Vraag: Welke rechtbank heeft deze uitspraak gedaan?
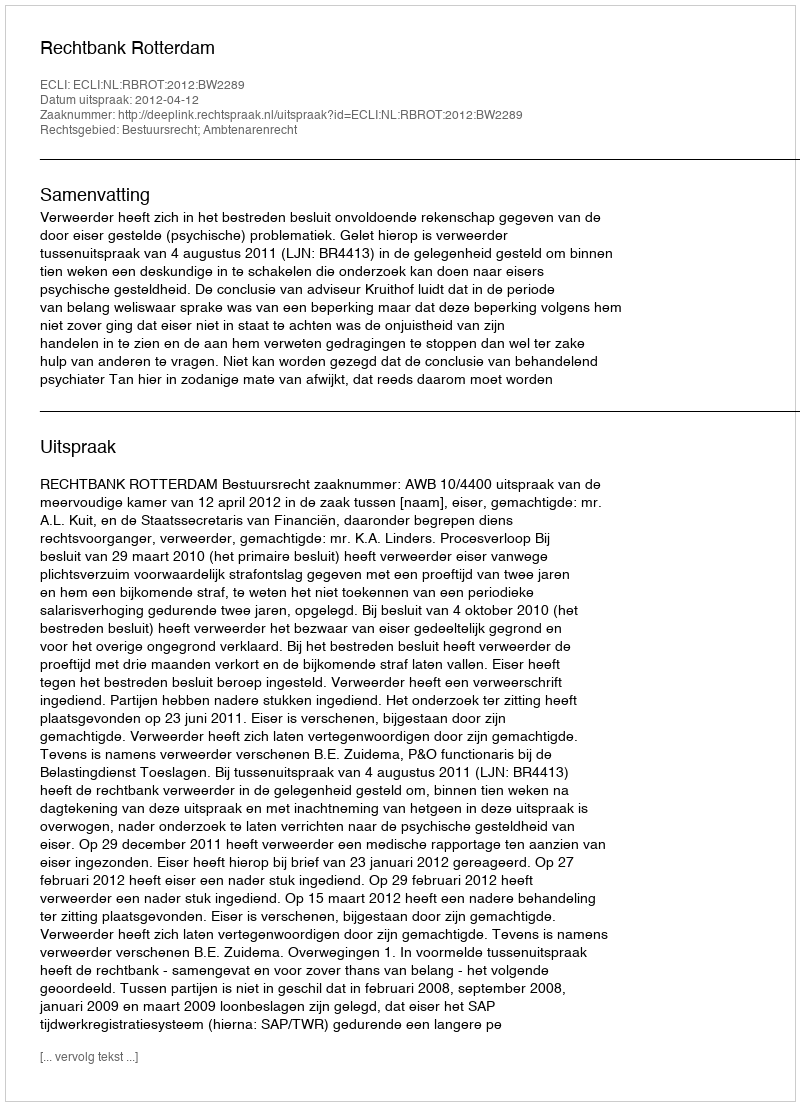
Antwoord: Rechtbank Rotterdam